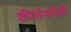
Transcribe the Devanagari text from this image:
कीर्तनशैली